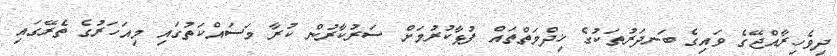
ދިވެހިރާއްޖޭގެ ވައިގެ ބަނދަރުތަކުގެ ޚިދްމަތްތައް ފުޅާކުރުމަށް ސަރުކާރުން ކުރާ މަސައްކަތުގައި މިއަހަރުގެ ތެރޭގައި